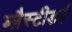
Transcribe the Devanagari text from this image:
ब्लैस्टीडर्म